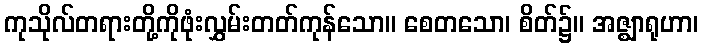
ကုသိုလ်တရားတို့ကိုဖုံးလွှမ်းတတ်ကုန်သော။ စေတသော၊ စိတ်၌။ အဇ္ဈာရုဟာ၊